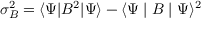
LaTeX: \sigma _ { B } ^ { 2 } = \langle \Psi | B ^ { 2 } | \Psi \rangle - \langle \Psi \mid B \mid \Psi \rangle ^ { 2 }